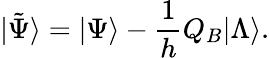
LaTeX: |\tilde{\Psi}\rangle=|\Psi\rangle-\frac{1}{h}Q_{B}|\Lambda\rangle.